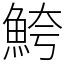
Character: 鮬